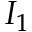
I _ { 1 }